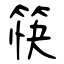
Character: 筷